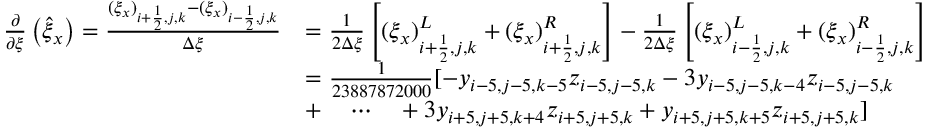
\begin{array} { r l } { \frac { \partial } { \partial \xi } \left( \hat { \xi } _ { x } \right) = \frac { ( \xi _ { x } ) _ { i + \frac { 1 } { 2 } , j , k } - ( \xi _ { x } ) _ { i - \frac { 1 } { 2 } , j , k } } { \Delta \xi } } & { = \frac { 1 } { 2 \Delta \xi } \left[ ( \xi _ { x } ) _ { i + \frac { 1 } { 2 } , j , k } ^ { L } + ( \xi _ { x } ) _ { i + \frac { 1 } { 2 } , j , k } ^ { R } \right] - \frac { 1 } { 2 \Delta \xi } \left[ ( \xi _ { x } ) _ { i - \frac { 1 } { 2 } , j , k } ^ { L } + ( \xi _ { x } ) _ { i - \frac { 1 } { 2 } , j , k } ^ { R } \right] } \\ & { = \frac { 1 } { 2 3 8 8 7 8 7 2 0 0 0 } [ - y _ { i - 5 , j - 5 , k - 5 } z _ { i - 5 , j - 5 , k } - 3 y _ { i - 5 , j - 5 , k - 4 } z _ { i - 5 , j - 5 , k } } \\ & { + \quad \cdots \quad + 3 y _ { i + 5 , j + 5 , k + 4 } z _ { i + 5 , j + 5 , k } + y _ { i + 5 , j + 5 , k + 5 } z _ { i + 5 , j + 5 , k } ] } \end{array}